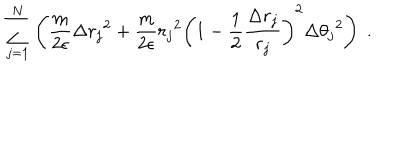
LaTeX: \sum _ { j = 1 } ^ { N } \left( \frac { m } { 2 \epsilon } \Delta { r _ { j } } ^ { 2 } + \frac { m } { 2 \epsilon } { r _ { j } } ^ { 2 } \left( 1 - \frac { 1 } { 2 } \frac { \Delta r _ { j } } { r _ { j } } \right) ^ { 2 } \Delta { \theta _ { j } } ^ { 2 } \right) \; .